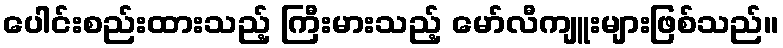
ပေါင်းစည်းထားသည့် ကြီးမားသည့် မော်လီကျူးများဖြစ်သည်။